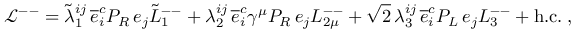
{ \mathcal L } ^ { -- } = \tilde { \lambda } _ { 1 } ^ { i j } \, \overline { { { e } } } _ { i } ^ { c } P _ { R } \, e _ { j } \tilde { L } _ { 1 } ^ { -- } + \lambda _ { 2 } ^ { i j } \, \overline { { { e } } } _ { i } ^ { c } \gamma ^ { \mu } P _ { R } \, e _ { j } L _ { 2 \mu } ^ { -- } + \sqrt { 2 } \, \lambda _ { 3 } ^ { i j } \, \overline { { { e } } } _ { i } ^ { c } P _ { L } \, e _ { j } L _ { 3 } ^ { -- } + \mathrm { h . c . } \; ,